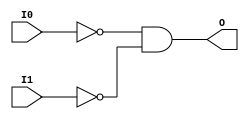
// $Header: /devl/xcs/repo/env/Databases/CAEInterfaces/verunilibs/s/AND2B2.v,v 1.8.22.1 2003/11/18 20:41:33 wloo Exp $

/*

FUNCTION	: 2-INPUT AND GATE

*/

`timescale  100 ps / 10 ps


module AND2B2 (O, I0, I1);

    output O;

    input  I0, I1;

    not N1 (i1_inv, I1);
    not N0 (i0_inv, I0);
    and A1 (O, i0_inv, i1_inv);

    specify
	(I0 *> O) = (0, 0);
	(I1 *> O) = (0, 0);
    endspecify

endmodule